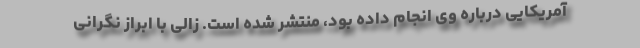
آمریکایی درباره وی انجام داده بود، منتشر شده است. زالی با ابراز نگرانی